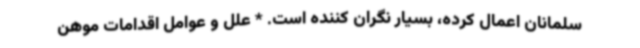
سلمانان اعمال کرده، بسیار نگران کننده است. * علل و عوامل اقدامات موهن